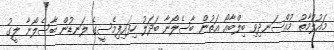
މައުލޫމާތު މުއްސަނދިވި ބިލްބާއޯ އަތުން ބާސެލޯނާ ބަދަލު ހިފައިފިމެސީގެ ލަނޑުން ބާސެލޯނާ ލީގު